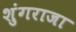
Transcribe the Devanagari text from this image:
शुंगराजा